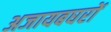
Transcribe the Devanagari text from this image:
अजायबघरों